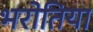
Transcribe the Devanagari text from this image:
भरोतिया